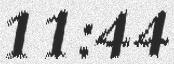
11:44